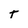
Character: t